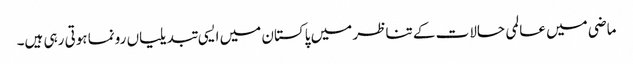
ماضی میں عالمی حالات کے تناظر میں پاکستان میں ایسی تبدیلیاں رونما ہوتی رہی ہیں۔